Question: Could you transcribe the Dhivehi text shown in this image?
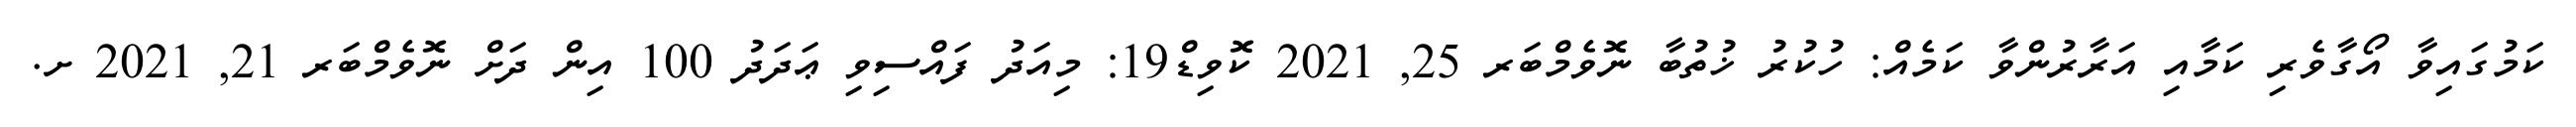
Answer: ކަމުގައިވާ އޯގާވެރި ކަމާއި އަރާރުންވާ ކަމެއް: ހުކުރު ޚުތުބާ ނޮވެމްބަރ 25, 2021 ކޮވިޑް19: މިއަދު ފައްސިވި ޢަދަދު 100 އިން ދަށް ނޮވެމްބަރ 21, 2021 ށ.